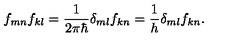
f _ { m n } \* f _ { k l } = \frac { 1 } { 2 \pi \hbar } \delta _ { m l } f _ { k n } = \frac { 1 } { h } \delta _ { m l } f _ { k n } .